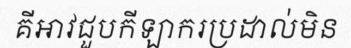
គីអាវជួបកីឡាករប្រដាល់មិន